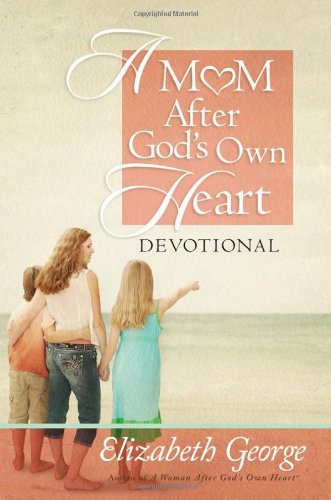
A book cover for A Mom After God's Own Heart Devotional; Elizabeth George; Parenting & Relationships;